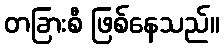
တခြားစီ ဖြစ်နေသည်။